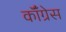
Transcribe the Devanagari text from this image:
कॉँंग्रेस